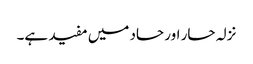
نزلہ حار اور حاد میں مفید ہے۔